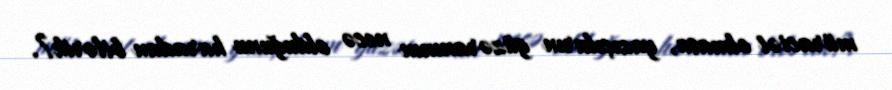
müraciət olmasa, yazıçıların güzəranının necə olduğunu haradan bilərik?.